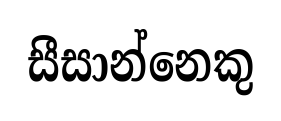
සීසාන්නෙකු